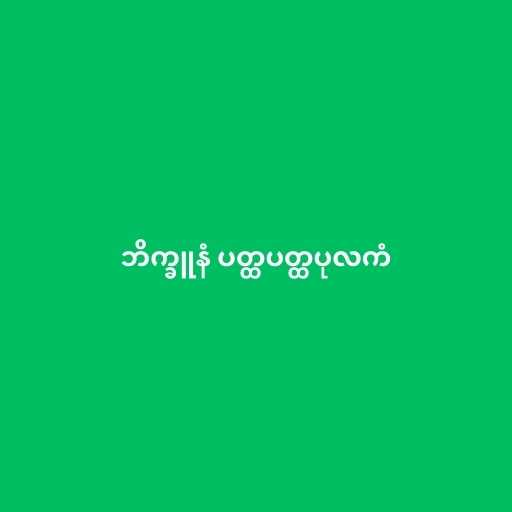
ဘိက္ခူနံ ပတ္ထပတ္ထပုလကံ